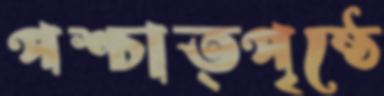
পশ্চাত্পৃষ্ঠে